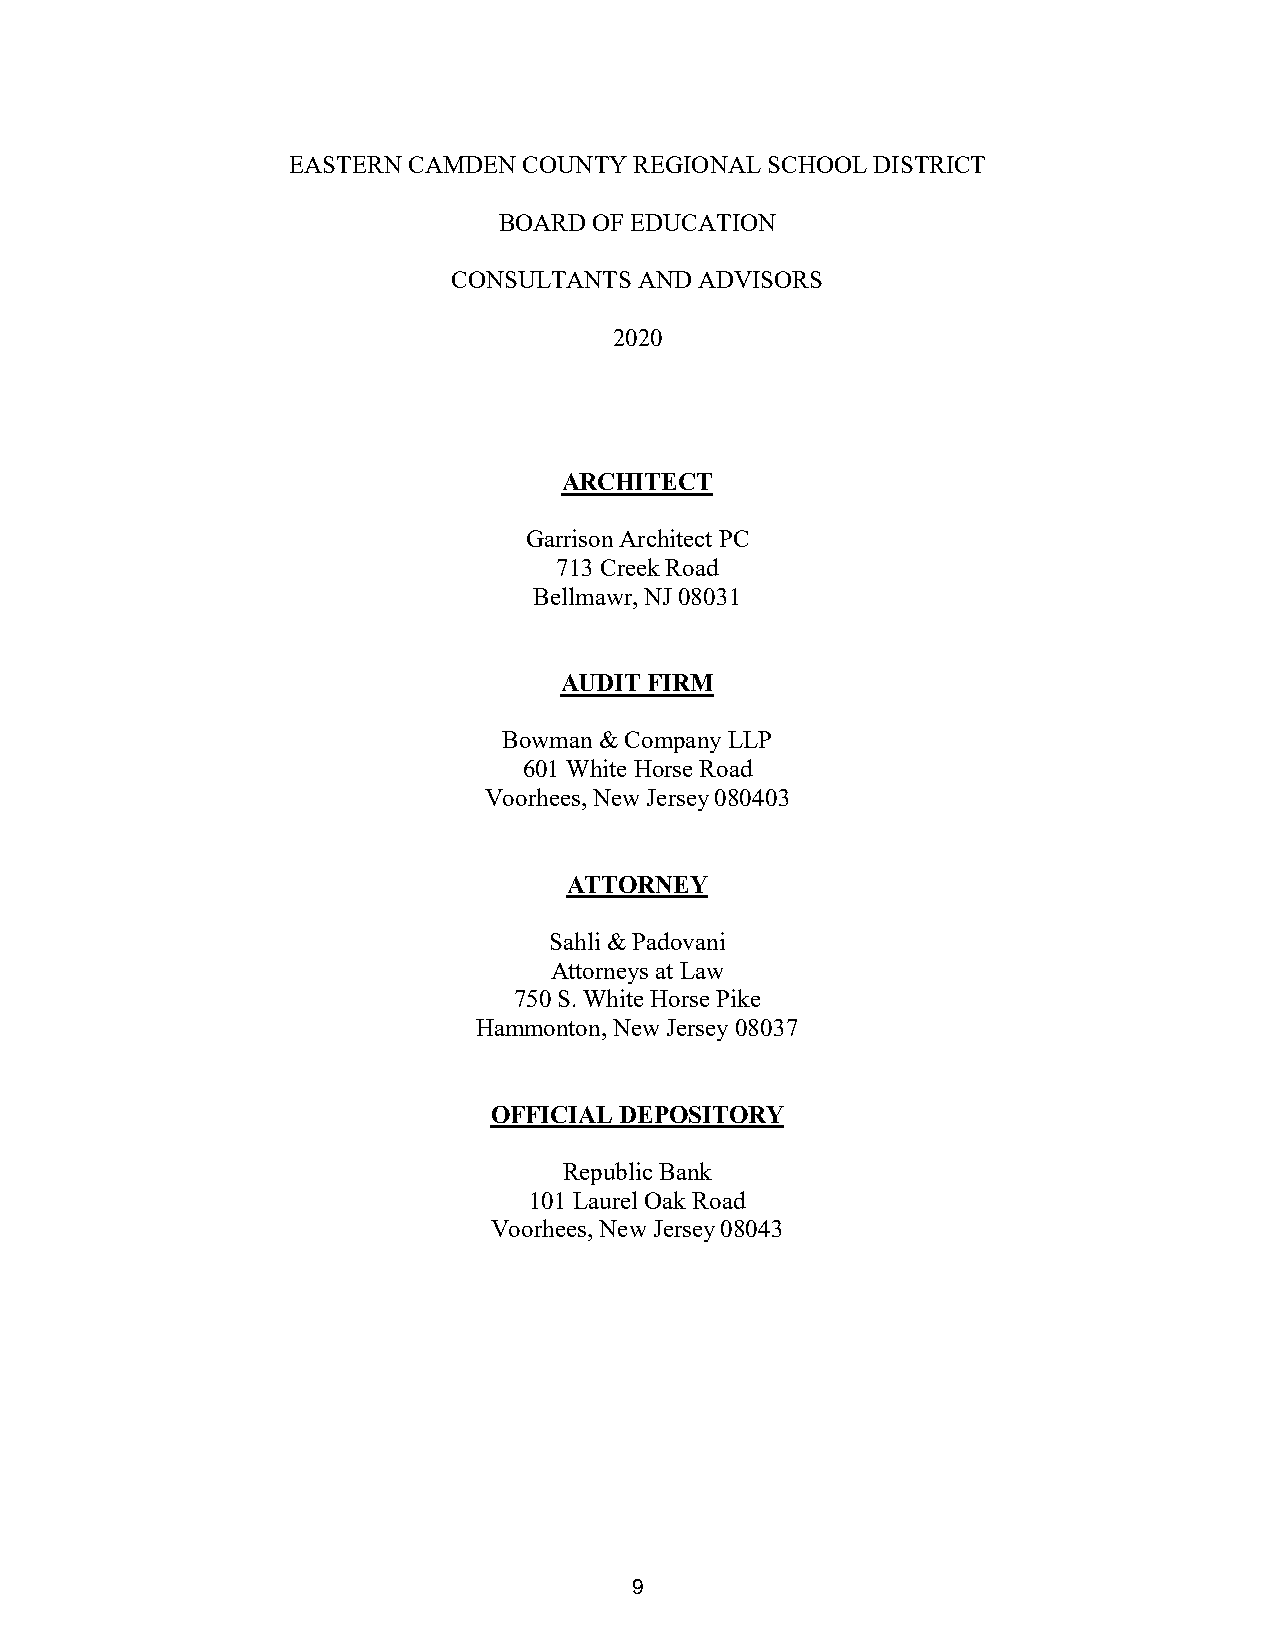
EASTERN CAMDEN  COUNTY REGIONAL SCHOOL DISTRICT
 BOARD OF EDUCATION
 CONSULTANTS AND ADVISORS
 2020
 ARCHITECT
 Garrison Architect PC
 713 Creek Road
 Bellmawr, NJ 08031
 AUDIT FIRM
 Bowman & Company LLP
 601 White Horse Road
 Voorhees, New Jersey 080403
 ATTORNEY
 Sahli & Padovani
 Attorneys at Law
 750S. White Horse Pike
 Hammonton, New Jersey 08037
 OFFICIAL DEPOSITORY
 Republic Bank
 101 Laurel Oak Road
 Voorhees, New Jersey 08043
 9